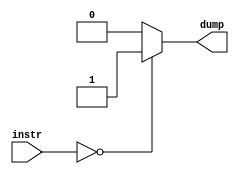
module special_control(instr, dump);
    input [4:0] instr;
    output dump;
    reg dump;

always @ (instr)
begin
    casex({instr})
      5'b00000:
      begin
        dump <= 1'b1;
      end
      default:
      begin
        dump <= 1'b0;
      end
    endcase
end
endmodule